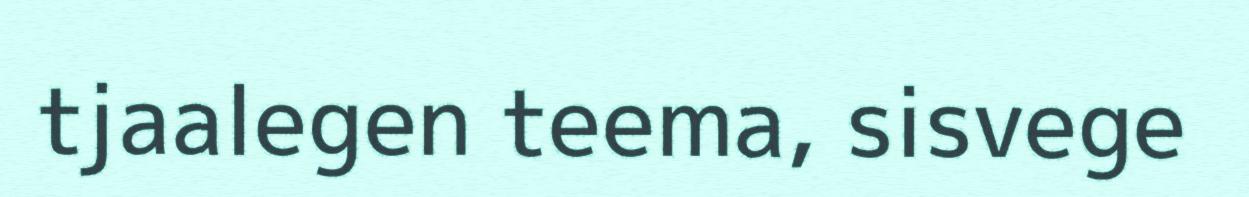
tjaalegen teema, sisvege